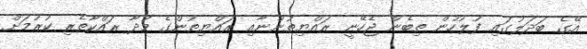
އޭގެ ބަދަލުގައި ފުލުހުން ތިބެން ޖެހޭނީ ރައްޔިތުންނާއި ރައްޔިތުންގެ މުދާ ރައްކާތެރި ކުރުމަށް